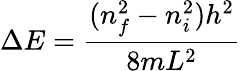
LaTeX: \Delta E={\frac{(n_{f}^{2}-n_{i}^{2})h^{2}}{8mL^{2}}}